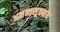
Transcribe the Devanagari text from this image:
अनन्तसूत्रबांध